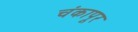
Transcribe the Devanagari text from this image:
चंकापूर